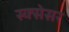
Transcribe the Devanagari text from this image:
स्क्सेसर